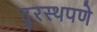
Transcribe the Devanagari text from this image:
दुरस्थपणे